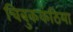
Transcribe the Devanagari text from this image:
चिबुककंठिया